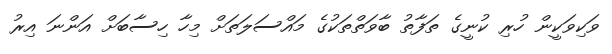
ވަކިވަކީން ހުރި ކުނީގެ ތަފާތު ބާވަތްތަކުގެ މައްސަލަތަށް މިހާ ހިސާބަށް އަންނަ އިރު